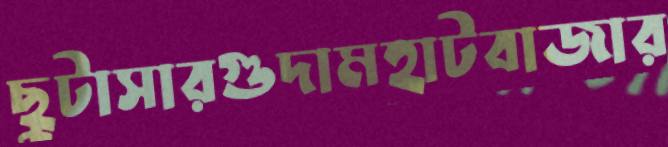
ছুটাসারগুদামহাটবাজার